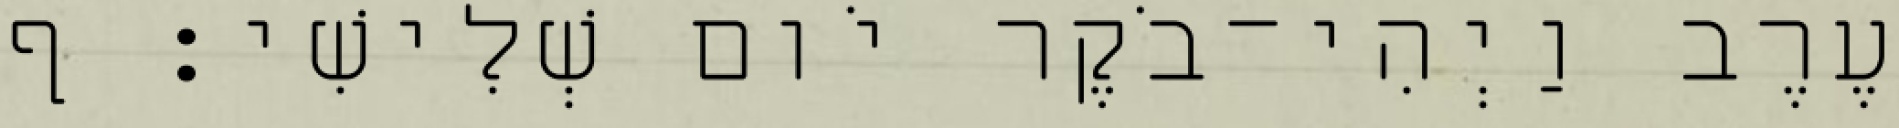
עֶרֶב וַיְהִי־בֹקֶר יֹום שְׁלִישִׁי׃ ף